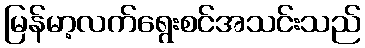
မြန်မာ့လက်ရွေးစင်အသင်းသည်